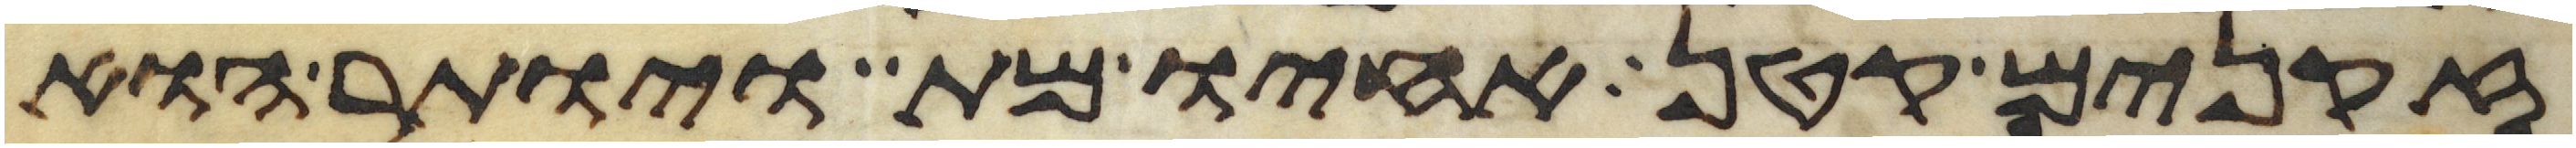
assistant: זקנים קטן אחיו מת ויותר הוא